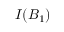
I ( B _ { 1 } )